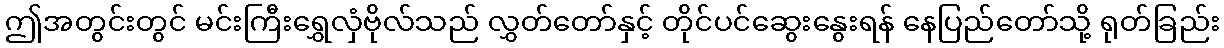
ဤအတွင်းတွင် မင်းကြီးရွှေလှံဗိုလ်သည် လွှတ်တော်နှင့် တိုင်ပင်ဆွေးနွေးရန် နေပြည်တော်သို့ ရုတ်ခြည်း